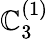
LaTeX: {\mathbb{C}}_{3}^{(1)}